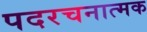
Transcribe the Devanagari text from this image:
पदरचनात्मक